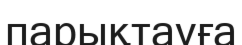
парықтауға